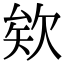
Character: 欸